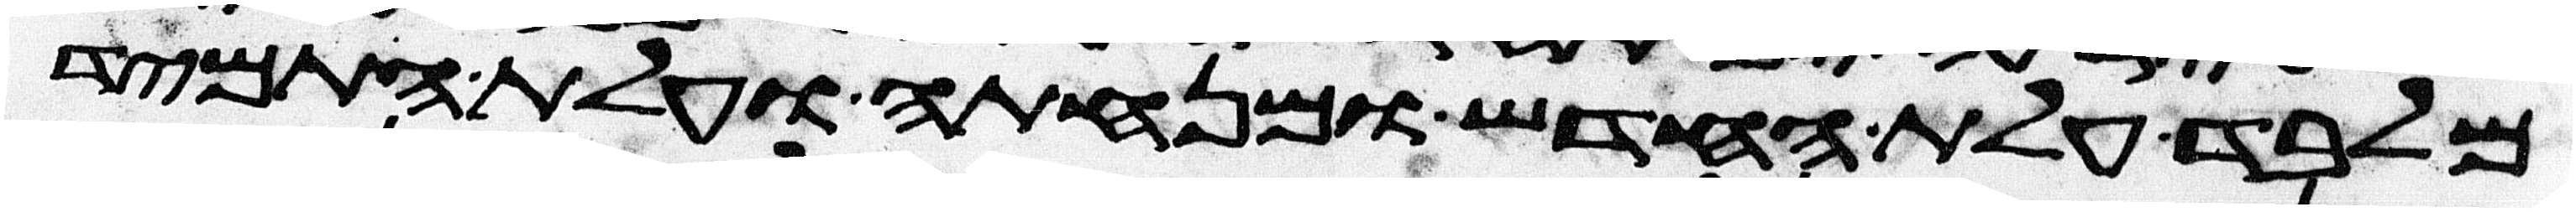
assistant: מלבד עלת החדש ומנחתה ועלת התמיד